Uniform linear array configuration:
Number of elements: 4
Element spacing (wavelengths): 0.75
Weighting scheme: hamming
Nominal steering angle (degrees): -30
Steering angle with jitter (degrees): -29.98
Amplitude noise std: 0.05
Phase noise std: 0.05

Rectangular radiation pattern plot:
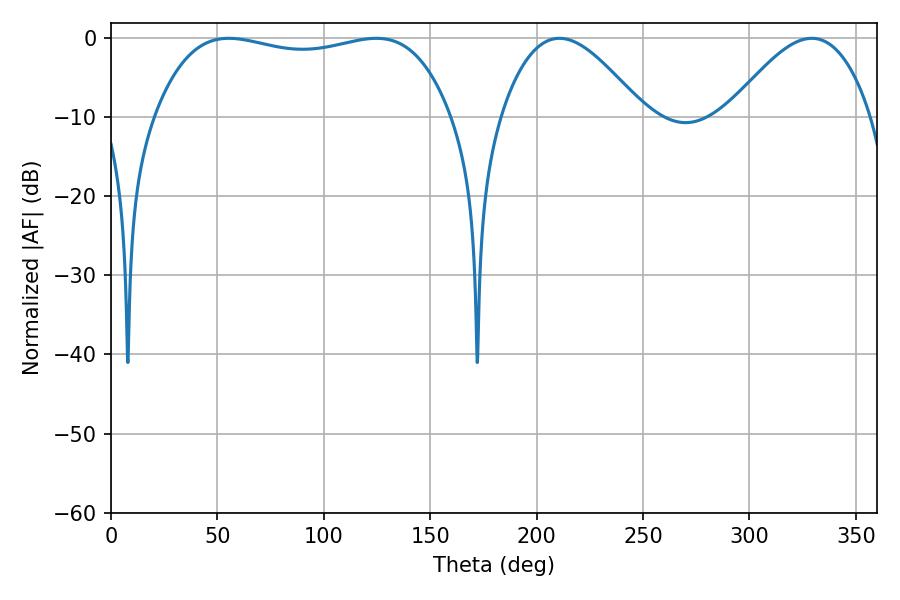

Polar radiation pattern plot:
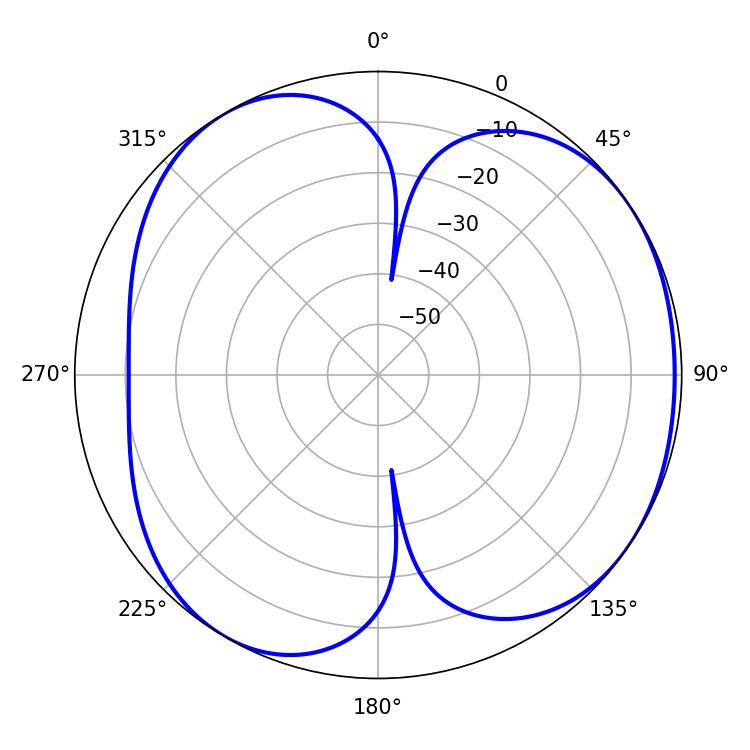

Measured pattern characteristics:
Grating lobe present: TRUE
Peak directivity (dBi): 4.756
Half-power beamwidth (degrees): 111.96
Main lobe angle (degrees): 55.26